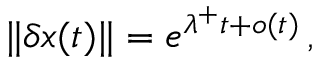
\lVert \boldsymbol { \delta x } ( t ) \rVert = e ^ { \lambda ^ { + } t + o ( t ) } \, ,